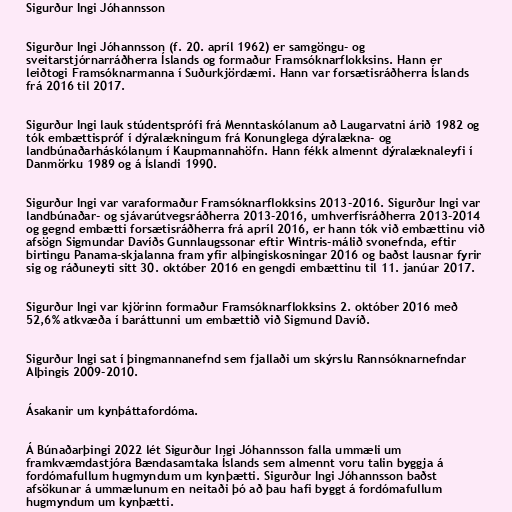
Sigurður Ingi Jóhannsson

Sigurður Ingi Jóhannsson (f. 20. apríl 1962) er samgöngu- og
sveitarstjórnarráðherra Íslands og formaður Framsóknarflokksins. Hann er
leiðtogi Framsóknarmanna í Suðurkjördæmi. Hann var forsætisráðherra Íslands
frá 2016 til 2017.

Sigurður Ingi lauk stúdentsprófi frá Menntaskólanum að Laugarvatni árið 1982 og
tók embættispróf í dýralækningum frá Konunglega dýralækna- og
landbúnaðarháskólanum í Kaupmannahöfn. Hann fékk almennt dýralæknaleyfi í
Danmörku 1989 og á Íslandi 1990.

Sigurður Ingi var varaformaður Framsóknarflokksins 2013-2016. Sigurður Ingi var
landbúnaðar- og sjávarútvegsráðherra 2013-2016, umhverfisráðherra 2013-2014
og gegnd embætti forsætisráðherra frá apríl 2016, er hann tók við embættinu við
afsögn Sigmundar Davíðs Gunnlaugssonar eftir Wintris-málið svonefnda, eftir
birtingu Panama-skjalanna fram yfir alþingiskosningar 2016 og baðst lausnar fyrir
sig og ráðuneyti sitt 30. október 2016 en gengdi embættinu til 11. janúar 2017.

Sigurður Ingi var kjörinn formaður Framsóknarflokksins 2. október 2016 með
52,6% atkvæða í baráttunni um embættið við Sigmund Davíð.

Sigurður Ingi sat í þingmannanefnd sem fjallaði um skýrslu Rannsóknarnefndar
Alþingis 2009-2010.

Ásakanir um kynþáttafordóma.

Á Búnaðarþingi 2022 lét Sigurður Ingi Jóhannsson falla ummæli um
framkvæmdastjóra Bændasamtaka Íslands sem almennt voru talin byggja á
fordómafullum hugmyndum um kynþætti. Sigurður Ingi Jóhannsson baðst
afsökunar á ummælunum en neitaði þó að þau hafi byggt á fordómafullum
hugmyndum um kynþætti.